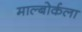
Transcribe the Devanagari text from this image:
माल्बोर्कला